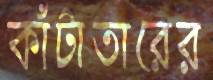
কাঁটাতারের